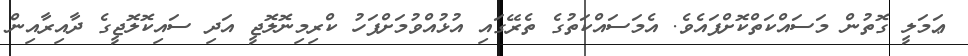
ޢަމަލީ ގޮތުން މަސައްކަތްކޮށްފައެވެ. އެމަސައްކަތުގެ ތެރޭގައި އުޅުއްވުމަށްފަހު ކްރިމިނޮލޮޖީ އަދި ސައިކޮލޮޖީގެ ދާއިރާއިން